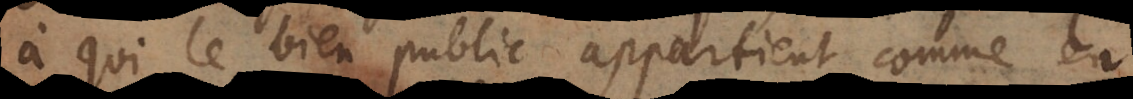
à qui le bien public appartient comme en